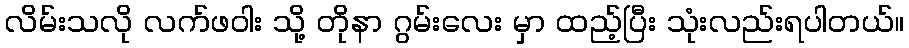
လိမ်းသလို လက်ဖဝါး သို့ တိုနာ ဂွမ်းလေး မှာ ထည့်ပြီး သုံးလည်းရပါတယ်။